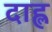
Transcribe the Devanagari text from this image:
दाह्ल